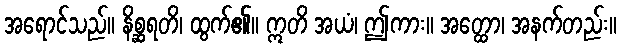
အရောင်သည်။ နိစ္ဆရတိ၊ ထွက်၏။ ဣတိ အယံ၊ ဤကား။ အတ္ထော၊ အနက်တည်း။